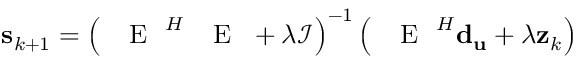
\mathbf { s } _ { k + 1 } = \left( \mathrm { ~ \textbf ~ { ~ E ~ } ~ } ^ { H } \mathrm { ~ \textbf ~ { ~ E ~ } ~ } + \lambda { \mathcal { I } } \right) ^ { - 1 } \left( \mathrm { ~ \textbf ~ { ~ E ~ } ~ } ^ { H } \mathbf { d _ { u } } + \lambda \mathbf { z } _ { k } \right)